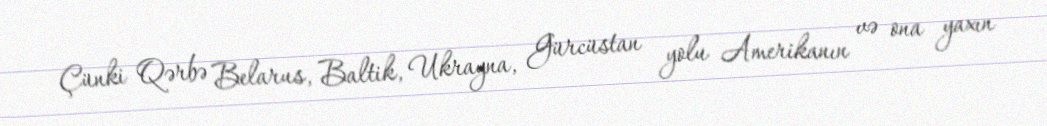
Çünki Qərbə Belarus, Baltik, Ukrayna, Gürcüstan yolu Amerikanın və ona yaxın